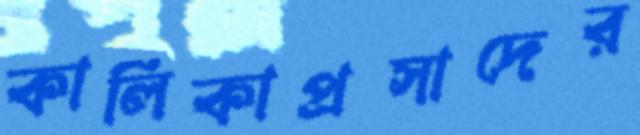
কালিকাপ্রসাদের